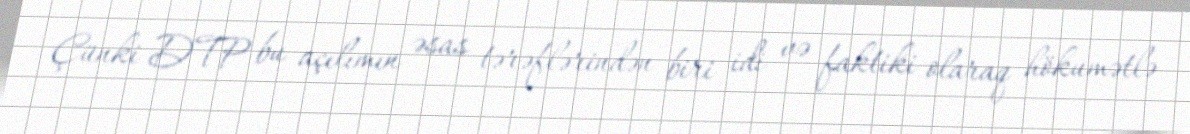
Çünki DTP bu açılımın əsas tərəflərindən biri idi və faktiki olaraq hökumətlə